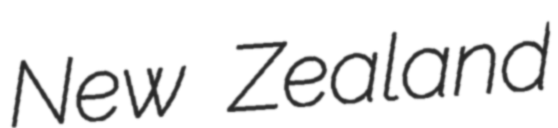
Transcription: New Zealand